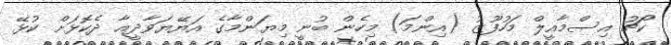
ކޯޗު އިސްމާއީލް މަހުފޫޒު (އިންމަ) މިހެން ބުނީ މިޔަންމާގެ އަޔޭޔަވާދީއާ ދެކޮޅަށް ކުޅޭ